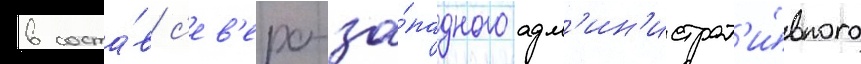
в соста́в с'ев'еро-за́падного адм'ин'истрат'и́вного